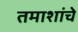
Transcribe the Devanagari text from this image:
तमाशांचे